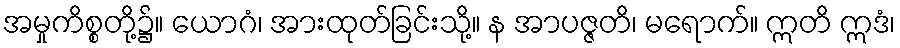
အမှုကိစ္စတို့၌။ ယောဂံ၊ အားထုတ်ခြင်းသို့။ န အာပဇ္ဇတိ၊ မရောက်။ ဣတိ ဣဒံ၊